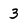
Character: 3